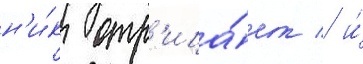
н'и́к отр'ица́ет / и́